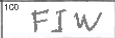
Transcription: FIW